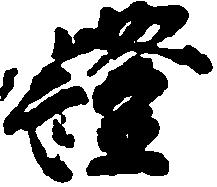
証